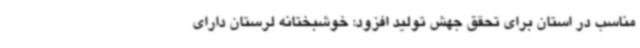
مناسب در استان برای تحقق جهش تولید افزود: خوشبختانه لرستان دارای